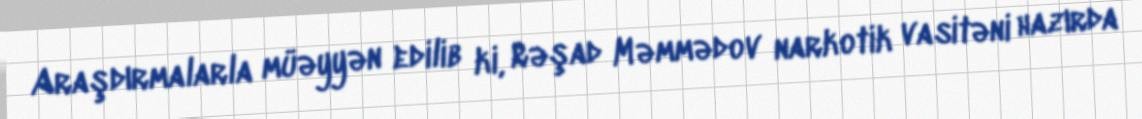
Araşdırmalarla müəyyən edilib ki, Rəşad Məmmədov narkotik vasitəni hazırda